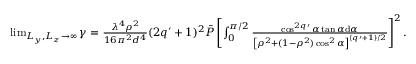
\begin{array} { r } { \operatorname* { l i m } _ { L _ { y } , L _ { z } \rightarrow \infty } \gamma = \frac { \lambda ^ { 4 } \rho ^ { 2 } } { 1 6 \pi ^ { 2 } d ^ { 4 } } ( 2 q \prime + 1 ) ^ { 2 } \bar { P } \left[ \int _ { 0 } ^ { \pi / 2 } \frac { \cos ^ { 2 q \prime } \alpha \tan \alpha \mathrm { d } \alpha } { \left[ \rho ^ { 2 } + ( 1 - \rho ^ { 2 } ) \cos ^ { 2 } \alpha \right] ^ { ( q \prime + 1 ) / 2 } } \right] ^ { 2 } . } \end{array}